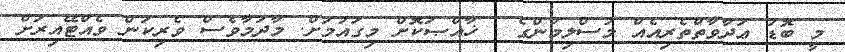
މީ ބޮޑު ޢަދާވާތްތެރިއެއް މުސްލިމުންގެ . ޚާއްޞަކޮށް މިގައުމަށް. މާދަމާވެސް ވެރިކަން ވެއްޓޭއިރަށް